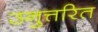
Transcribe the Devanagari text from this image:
उनुत्तरित